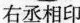
右丞相印